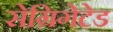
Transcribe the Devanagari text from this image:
सेग्रिगेटेड